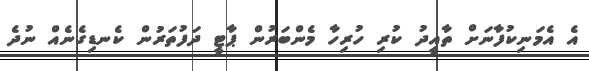
އެ އެމަނިކުފާނަށް ތާއީދު ކުރި ހުރިހާ މެންބަރުން ޕާޓީ ދަފުތަރުން ކެނޑިގެނެއް ނުދެ